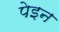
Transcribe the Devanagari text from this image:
पेइन